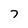
Character: 7